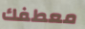
معطفك